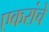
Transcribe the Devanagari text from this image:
एकरांचे